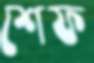
শেফ